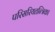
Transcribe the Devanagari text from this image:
परिसरियतन्त्रिका